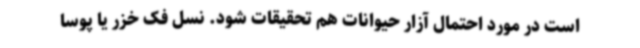
است در مورد احتمال آزار حیوانات هم تحقیقات شود. نسل فک خزر یا پوسا